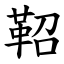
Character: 鞀